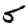
Digit: 5